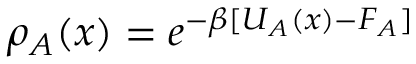
\rho _ { A } ( { \boldsymbol { x } } ) = e ^ { - \beta [ U _ { A } ( { \boldsymbol { x } } ) - F _ { A } ] }